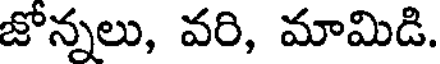
జోన్నలు, వరి, మామిడి.